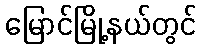
မြောင်မြို့နယ်တွင်